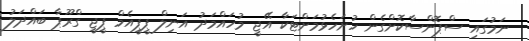
ނަމުގައި ސްޕޮންސާކޮށްގެން ހުށަހެޅުމަށްޓަކާ އޭޖީ މުހައްމަދު އަނިލް ޕީޕީއެމް ޕީޖީ ގްރޫޕާ ބައްދަލު